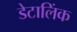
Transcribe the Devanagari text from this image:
डेटालिंक